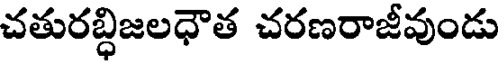
చతురబ్ధిజలధౌత చరణరాజీవుండు